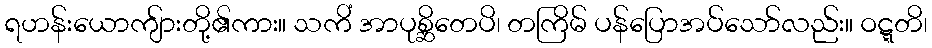
ရဟန်းယောကျ်ားတို့၏ကား။ သကိံ အာပုစ္ဆိတေပိ၊ တကြိမ် ပန်ပြောအပ်သော်လည်း။ ဝဋ္ဋတိ၊